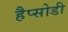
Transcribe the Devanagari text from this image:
हैप्सोडी